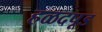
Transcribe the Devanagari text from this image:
हळदपूड